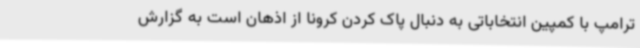
ترامپ با کمپین انتخاباتی به دنبال پاک کردن کرونا از اذهان است به گزارش